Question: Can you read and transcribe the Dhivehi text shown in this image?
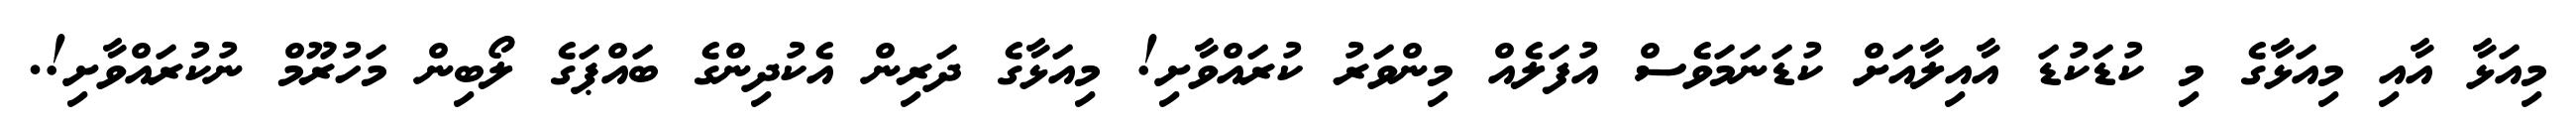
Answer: މިއަޅާ އާއި މިއަޅާގެ މި ކުޑަކުޑަ އާއިލާއަށް ކުޑަނަމަވެސް އުފަލެއް މިންވަރު ކުރައްވާށި! މިއަޅާގެ ދަރިން އެކުދިންގެ ބައްޕަގެ ލޯބިން މަހުރޫމް ނުކުރައްވާށި!.